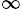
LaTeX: ^\infty